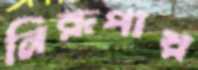
নিরূপায়